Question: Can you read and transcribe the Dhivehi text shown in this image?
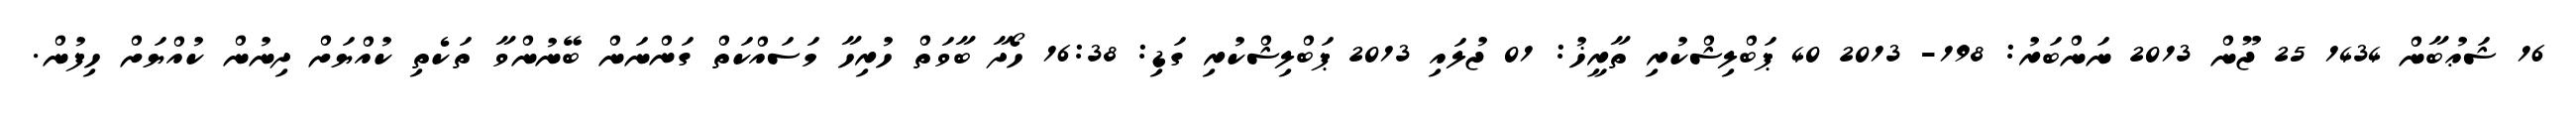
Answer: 16 ޝަޢުބާން 1434 25 ޖޫން 2013 ނަންބަރު: 198- 2013 40 ޕަބްލިޝްކުރި ތާރީޚު: 01 ޖުލައި 2013 ޕަބްލިޝްކުރި ގަޑި: 16:38 ހޯދާ ބާވަތް ހުރިހާ މަސައްކަތް ގަންނަން ބޭނުންވާ ތަކެތި ކުއްޔަށް ދިނުން ކުއްޔަށް ހިފުން.